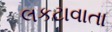
લકટાવાતા